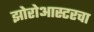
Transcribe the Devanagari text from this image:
झोरोआस्टरचा